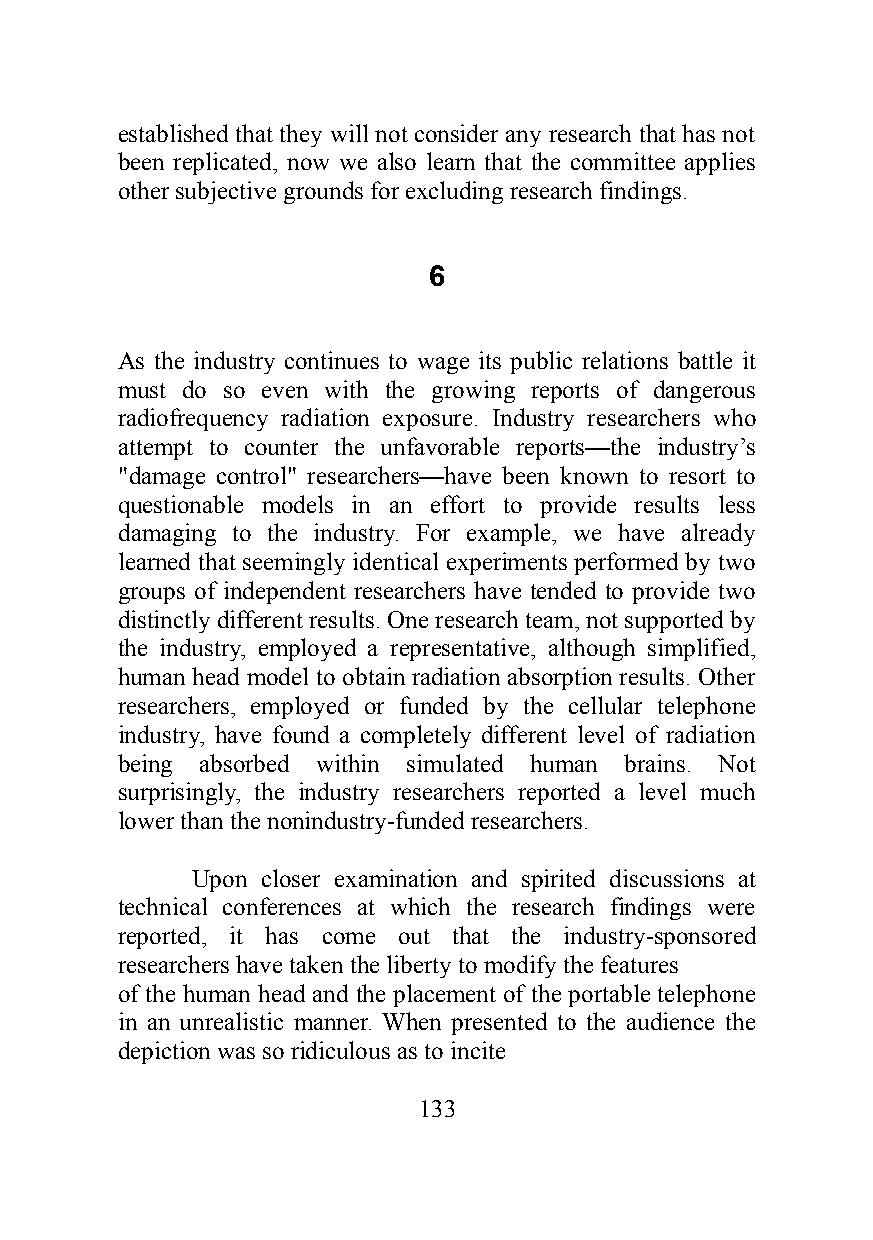
established that they will not consider any research that has not
 been replicated, now we also learn that the committee applies
 other subjective grounds for excluding research findings.
 6
 As the industry continues to wage its public relations battle it
 must do so even with the growing reports of dangerous
 radiofrequency radiation exposure. Industry researchers who
 attempt to counter the unfavorable reports—the industry’s
 "damage control" researchers—have been known to resort to
 questionable models in an effort to provide results less
 damaging to the industry. For example, we have already
 learned that seemingly identical experiments performed by two
 groups of independent researchers have tended to provide two
 distinctly different results. One research team, not supported by
 the industry, employed a representative, although simplified,
 human head model to obtain radiation absorption results. Other
 researchers, employed or funded by the cellular telephone
 industry, have found a completely different level of radiation
 being absorbed within simulated human brains. Not
 surprisingly, the industry researchers reported a level much
 lower than the nonindustry-funded researchers.
 Upon closer examination and spirited discussions at
 technical conferences at which the research findings were
 reported, it has come out that the industry-sponsored
 researchers have taken the liberty to modify the features
 of the human head and the placement of the portable telephone
 in an unrealistic manner. When presented to the audience the
 depiction was so ridiculous as to incite
 133